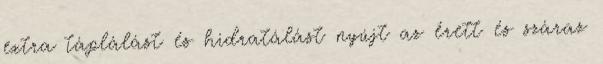
extra táplálást és hidratálást nyújt az érett és száraz